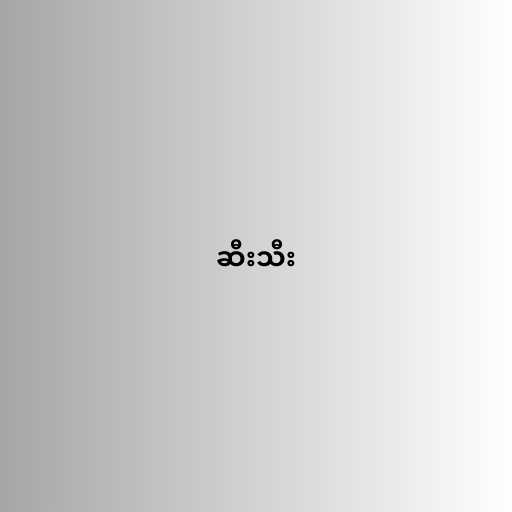
ဆီးသီး